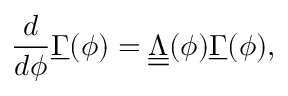
\frac { d } { d \phi } \underline { { \Gamma } } ( \phi ) = \underline { { \underline { { \Lambda } } } } ( \phi ) \underline { { \Gamma } } ( \phi ) ,